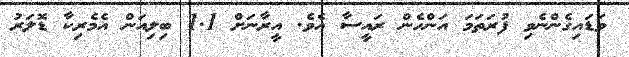
ވަޑައިގެންނެވި ފުރަތަމަ އަންހެން ރައީސާ އެވެ. އީރާނަށް 1.1 ބިލިއަން އެމެރިކާ ޑޮލަރު